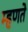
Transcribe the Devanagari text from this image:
म्‍हणते